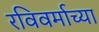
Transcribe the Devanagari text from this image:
रविवर्माच्या